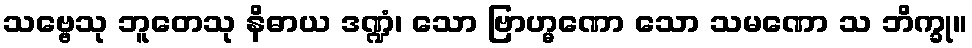
သဗ္ဗေသု ဘူတေသု နိဓာယ ဒဏ္ဍံ၊ သော ဗြာဟ္မဏော သော သမဏော သ ဘိက္ခု။